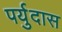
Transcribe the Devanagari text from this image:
पर्युदास